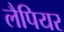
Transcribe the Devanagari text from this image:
लैपियर